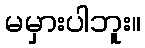
မမှားပါဘူး။